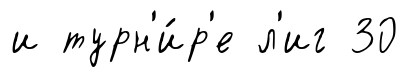
и турн'и́р'е л'иг 30